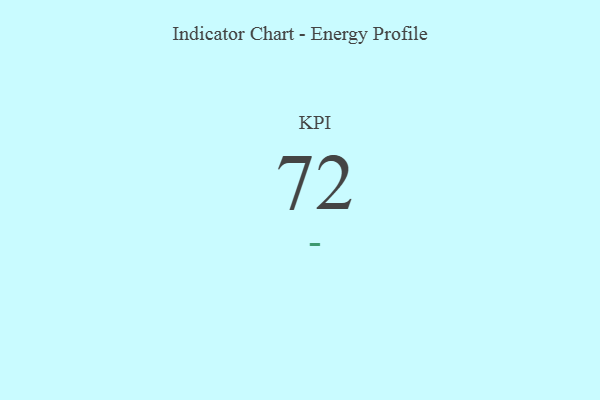
{"axis": {"x": "KPI", "y": "Value"}, "legend": [""], "data": [{"x": "KPI", "y": 72, "type": ""}]}